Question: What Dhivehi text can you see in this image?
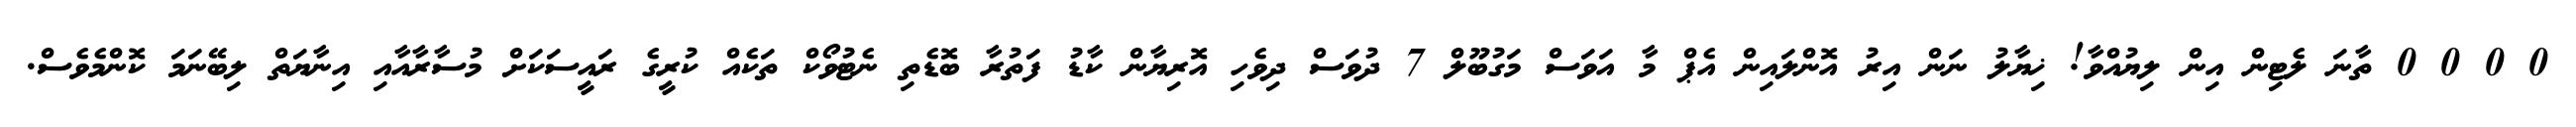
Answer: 0 0 0 0 ތާނަ ލެޓިން އިން ލިޔުއްވާ! ޚިޔާލު ނަން އިރު އޮންލައިން އެޕް މާ އަވަސް މަގުބޫލް 7 ދުވަސް ދިވެހި އޮރިޔާން ކާޑު ފަތުރާ ބޮޑެތި ނެޓުވޯކް ތަކެއް ކުރީގެ ރައީސަކަށް މުސާރާއާއި އިނާޔަތް ލިބޭނަމަ ކޮންމެވެސް.